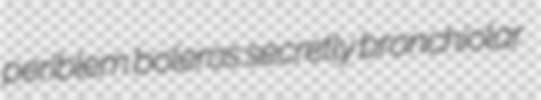
periblem boleros secretly bronchiolar